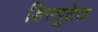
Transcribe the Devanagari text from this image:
डिस्मुटेज